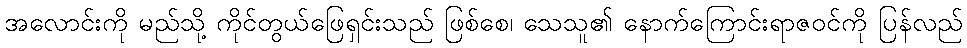
အလောင်းကို မည်သို့ ကိုင်တွယ်ဖြေရှင်းသည် ဖြစ်စေ၊ သေသူ၏ နောက်ကြောင်းရာဇဝင်ကို ပြန်လည်